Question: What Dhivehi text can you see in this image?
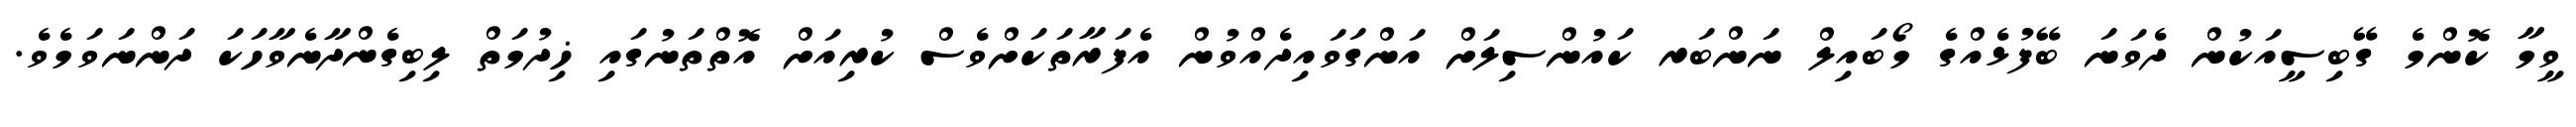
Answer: ވީމާ ކޮންމެ ގޭބިސީއަކުން ދެވަނަ ބޭފުޅެއްގެ މޯބައިލް ނަންބަރ ކައުންސިލަށް އަންގަވައިދެއްވުން އެފަރާތަކަށްވެސް ކުރިއަށް އޮތްތަނުގައި ޚިދުމަތް ލިބިގެންދާނެވާހަކަ ދަންނަވަމެވެ.